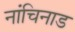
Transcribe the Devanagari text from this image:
नांचिनाड